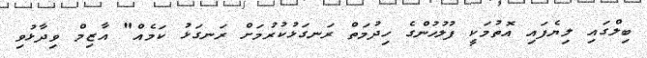
ބިލްގައި ލިޔެފައި އޮތުމަކީ ފުލުހުންގެ ހިދުމަތް ރަނގަޅުކުރުމަށް ރަނގަޅު ކަމެއް" އާޒިމް ވިދާޅުވި